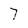
Character: 7